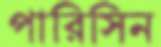
পারিসিন